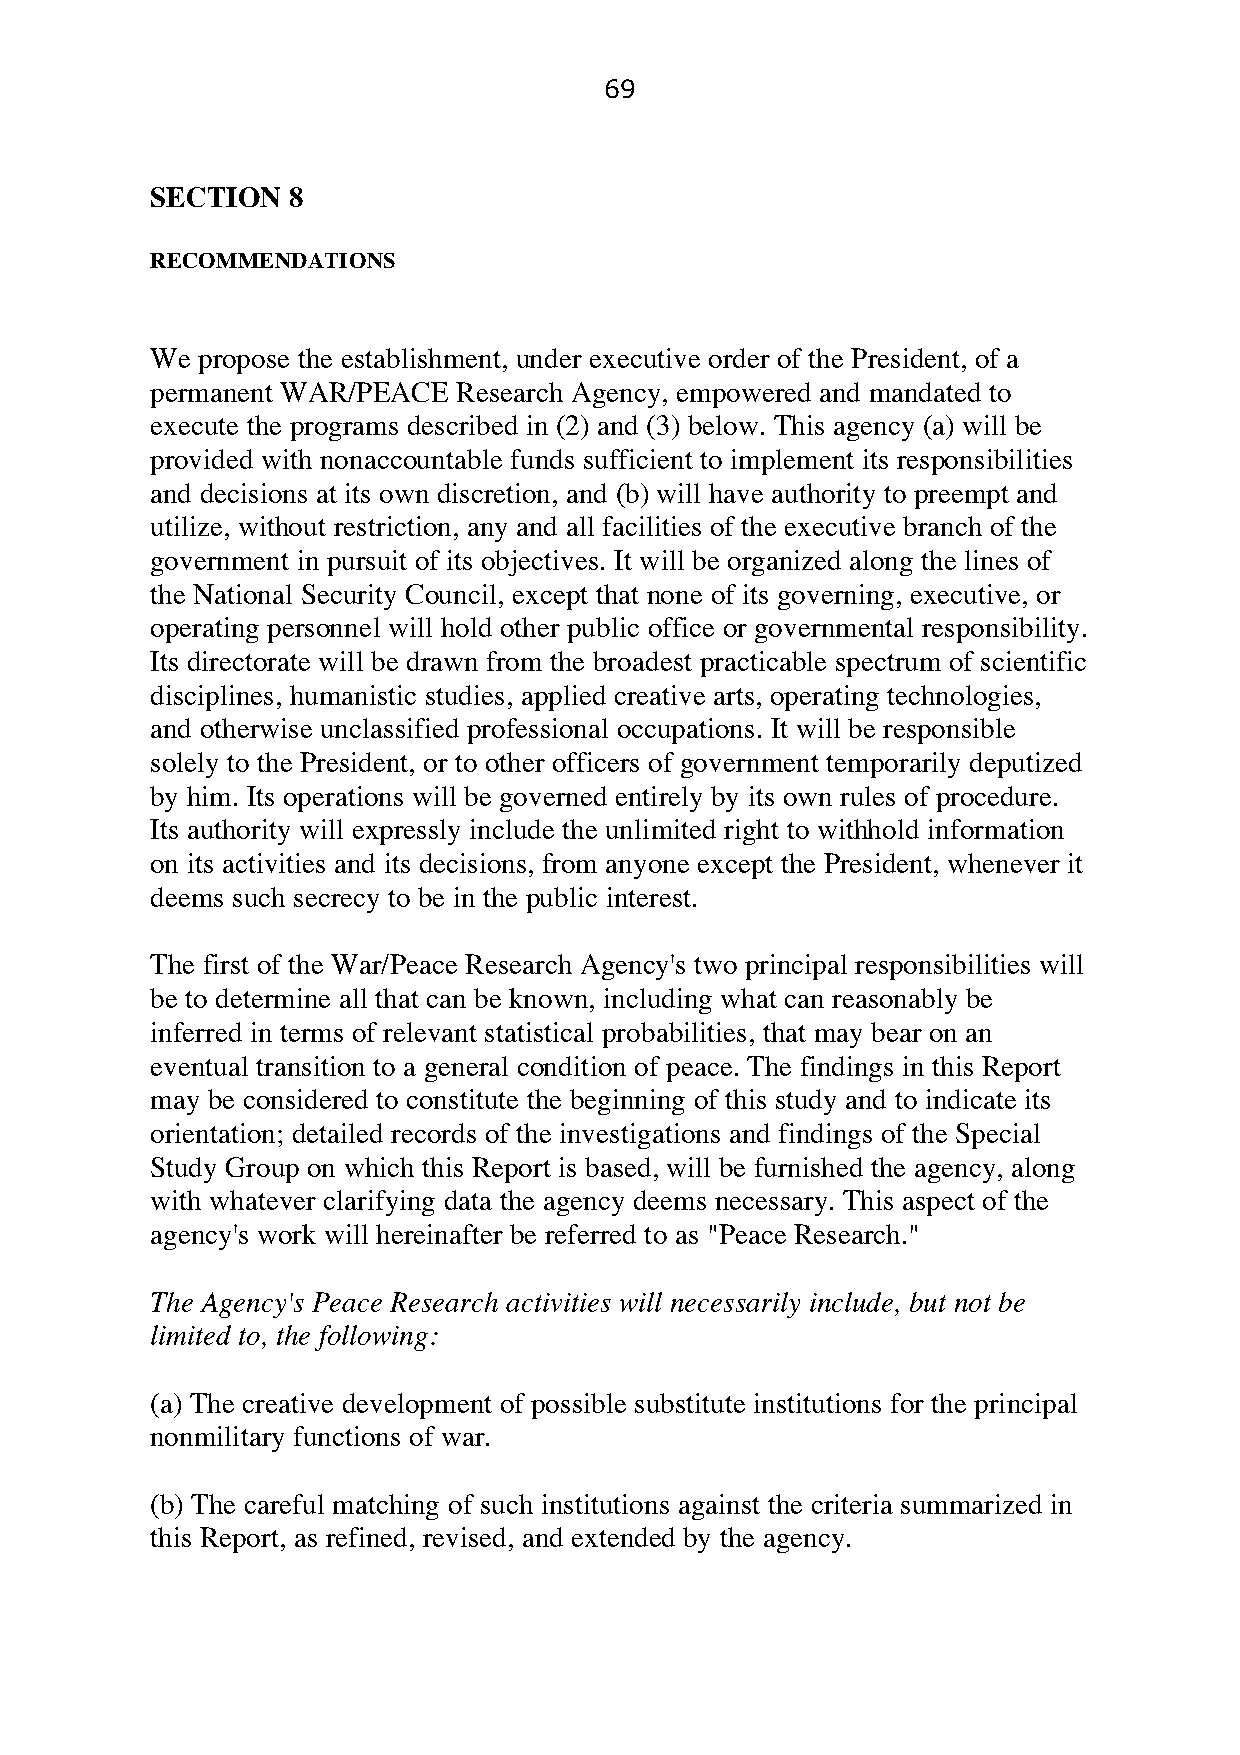
69
 SECTION  8
 RECOMMENDATIONS
 We propose the establishment, under executive order of the President, of a
 permanent WAR/PEACE Research Agency, empowered and mandated to
 execute the programs described in (2) and (3) below. This agency (a) will be
 provided with nonaccountable funds sufficient to implement its responsibilities
 and decisions at its own discretion, and (b) will have authority to preempt and
 utilize, without restriction, any and all facilities of the executive branch of the
 government in pursuit of its objectives. It will be organized along the lines of
 the National Security Council, except that none of its governing, executive, or
 operating personnel will hold other public office or governmental responsibility.
 Its directorate will be drawn from the broadest practicable spectrum of scientific
 disciplines, humanistic studies, applied creative arts, operating technologies,
 and otherwise unclassified professional occupations. It will be responsible
 solely to the President, or to other officers of government temporarily deputized
 by him. Its operations will be governed entirely by its own rules of procedure.
 Its authority will expressly include the unlimited right to withhold information
 on its activities and its decisions, from anyone except the President, whenever it
 deems such secrecy to be in the public interest.
 The first of the War/Peace Research Agency's two principal responsibilities will
 be to determine all that can be known, including what can reasonably be
 inferred in terms of relevant statistical probabilities, that may bear on an
 eventual transition to a general condition of peace. The findings in this Report
 may be considered to constitute the beginning of this study and to indicate its
 orientation; detailed records of the investigations and findings of the Special
 Study Group on which this Report is based, will be furnished the agency, along
 with whatever clarifying data the agency deems necessary. This aspect of the
 agency's work will hereinafter be referred to as "Peace Research."
 The Agency's Peace Research activities will necessarily include, but not be
 limited to, the following:
 (a) The creative development of possible substitute institutions for the principal
 nonmilitary functions of war.
 (b) The careful matching of such institutions against the criteria summarized in
 this Report, as refined, revised, and extended by the agency.